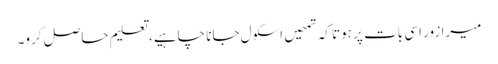
میرا زور اسی بات پر ہوتا کہ تمھیں اسکول جانا چاہیے، تعلیم حاصل کرو۔